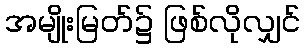
အမျိုးမြတ်၌ ဖြစ်လိုလျှင်